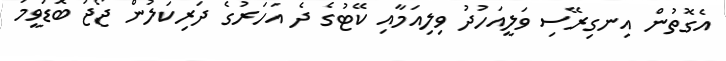
އެގޮތުން އިނގިރޭސި ވަލީއަހުދު ވިލިއަމާއި ކޭޓުގެ ދެ އަހަރުގެ ދަރިކަލުން ޖޯޖު ބޮޑުވީމަ